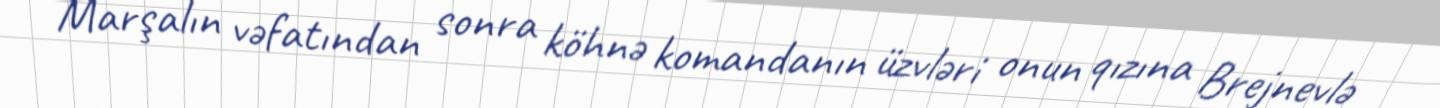
Marşalın vəfatından sonra köhnə komandanın üzvləri onun qızına Brejnevlə